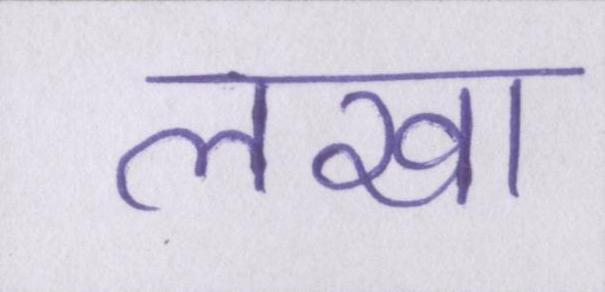
लखा